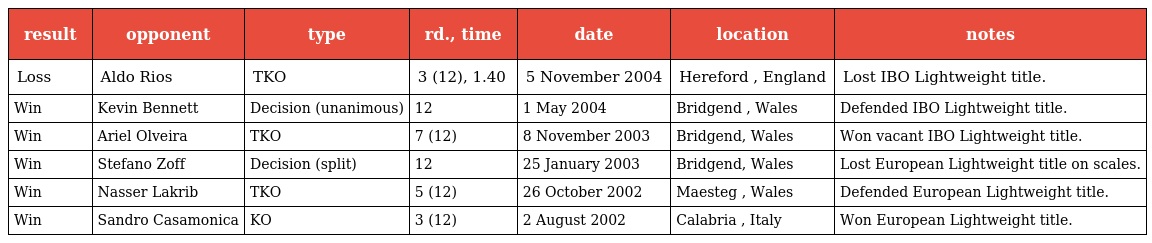
| result | opponent | type | rd., time | date | location | notes |
 | --- | --- | --- | --- | --- | --- | --- |
 | Loss | Aldo Rios | TKO | 3 (12), 1.40 | 5 November 2004 | Hereford , England | Lost IBO Lightweight title. |
 | Win | Kevin Bennett | Decision (unanimous) | 12 | 1 May 2004 | Bridgend , Wales | Defended IBO Lightweight title. |
 | Win | Ariel Olveira | TKO | 7 (12) | 8 November 2003 | Bridgend, Wales | Won vacant IBO Lightweight title. |
 | Win | Stefano Zoff | Decision (split) | 12 | 25 January 2003 | Bridgend, Wales | Lost European Lightweight title on scales. |
 | Win | Nasser Lakrib | TKO | 5 (12) | 26 October 2002 | Maesteg , Wales | Defended European Lightweight title. |
 | Win | Sandro Casamonica | KO | 3 (12) | 2 August 2002 | Calabria , Italy | Won European Lightweight title. |